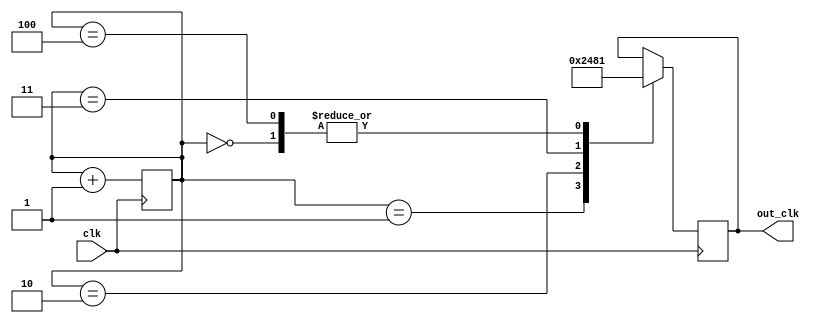
module ripple_counter_clock_divider (
    input wire clk,
    output reg [3:0] out_clk
);

reg [2:0] counter;

always @(posedge clk) begin
    counter <= counter + 1;

    case (counter)
        3'd0: out_clk <= 4'b0001;
        3'd1: out_clk <= 4'b0010;
        3'd2: out_clk <= 4'b0100;
        3'd3: out_clk <= 4'b1000;
        3'd4: out_clk <= 4'b0001;
    endcase
end

endmodule